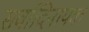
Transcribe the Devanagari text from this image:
सर्वादिनायक